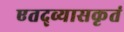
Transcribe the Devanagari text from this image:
एतद्व्यासकृतं